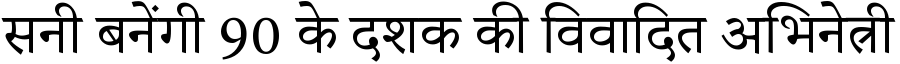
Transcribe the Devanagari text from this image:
सनी बनेंगी 90 के दशक की विवादित अभिनेत्री